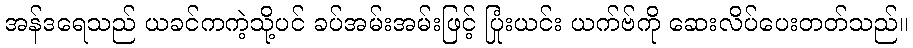
အန်ဒရေသည် ယခင်ကကဲ့သို့ပင် ခပ်အမ်းအမ်းဖြင့် ပြုံးယင်း ယက်ဗ်ကို ဆေးလိပ်ပေးတတ်သည်။